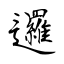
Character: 邏